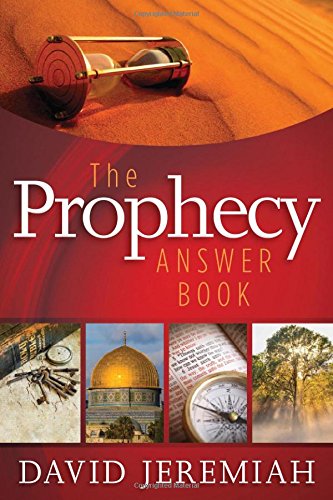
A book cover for The Prophecy Answer Book; David Jeremiah; Christian Books & Bibles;